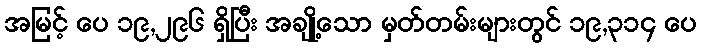
အမြင့် ပေ ၁၉,၂၉၆ ရှိပြီး အချို့သော မှတ်တမ်းများတွင် ၁၉,၃၁၄ ပေ